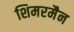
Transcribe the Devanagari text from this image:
शिमरमैन